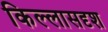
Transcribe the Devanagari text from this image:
किल्लासदृश